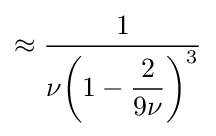
\approx {\dfrac {1}{\nu {\bigg (}1-{\dfrac {2}{9\nu }}{\bigg )}^{3}}}